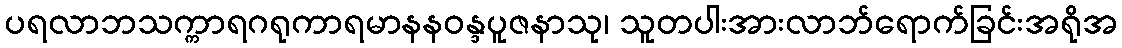
ပရလာဘသက္ကာရဂရုကာရမာနနဝန္ဒပူဇနာသု၊ သူတပါးအားလာဘ်ရောက်ခြင်းအရိုအ